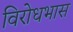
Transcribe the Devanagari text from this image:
विरोधभास